Rapla_vallavalitsus, lk 39
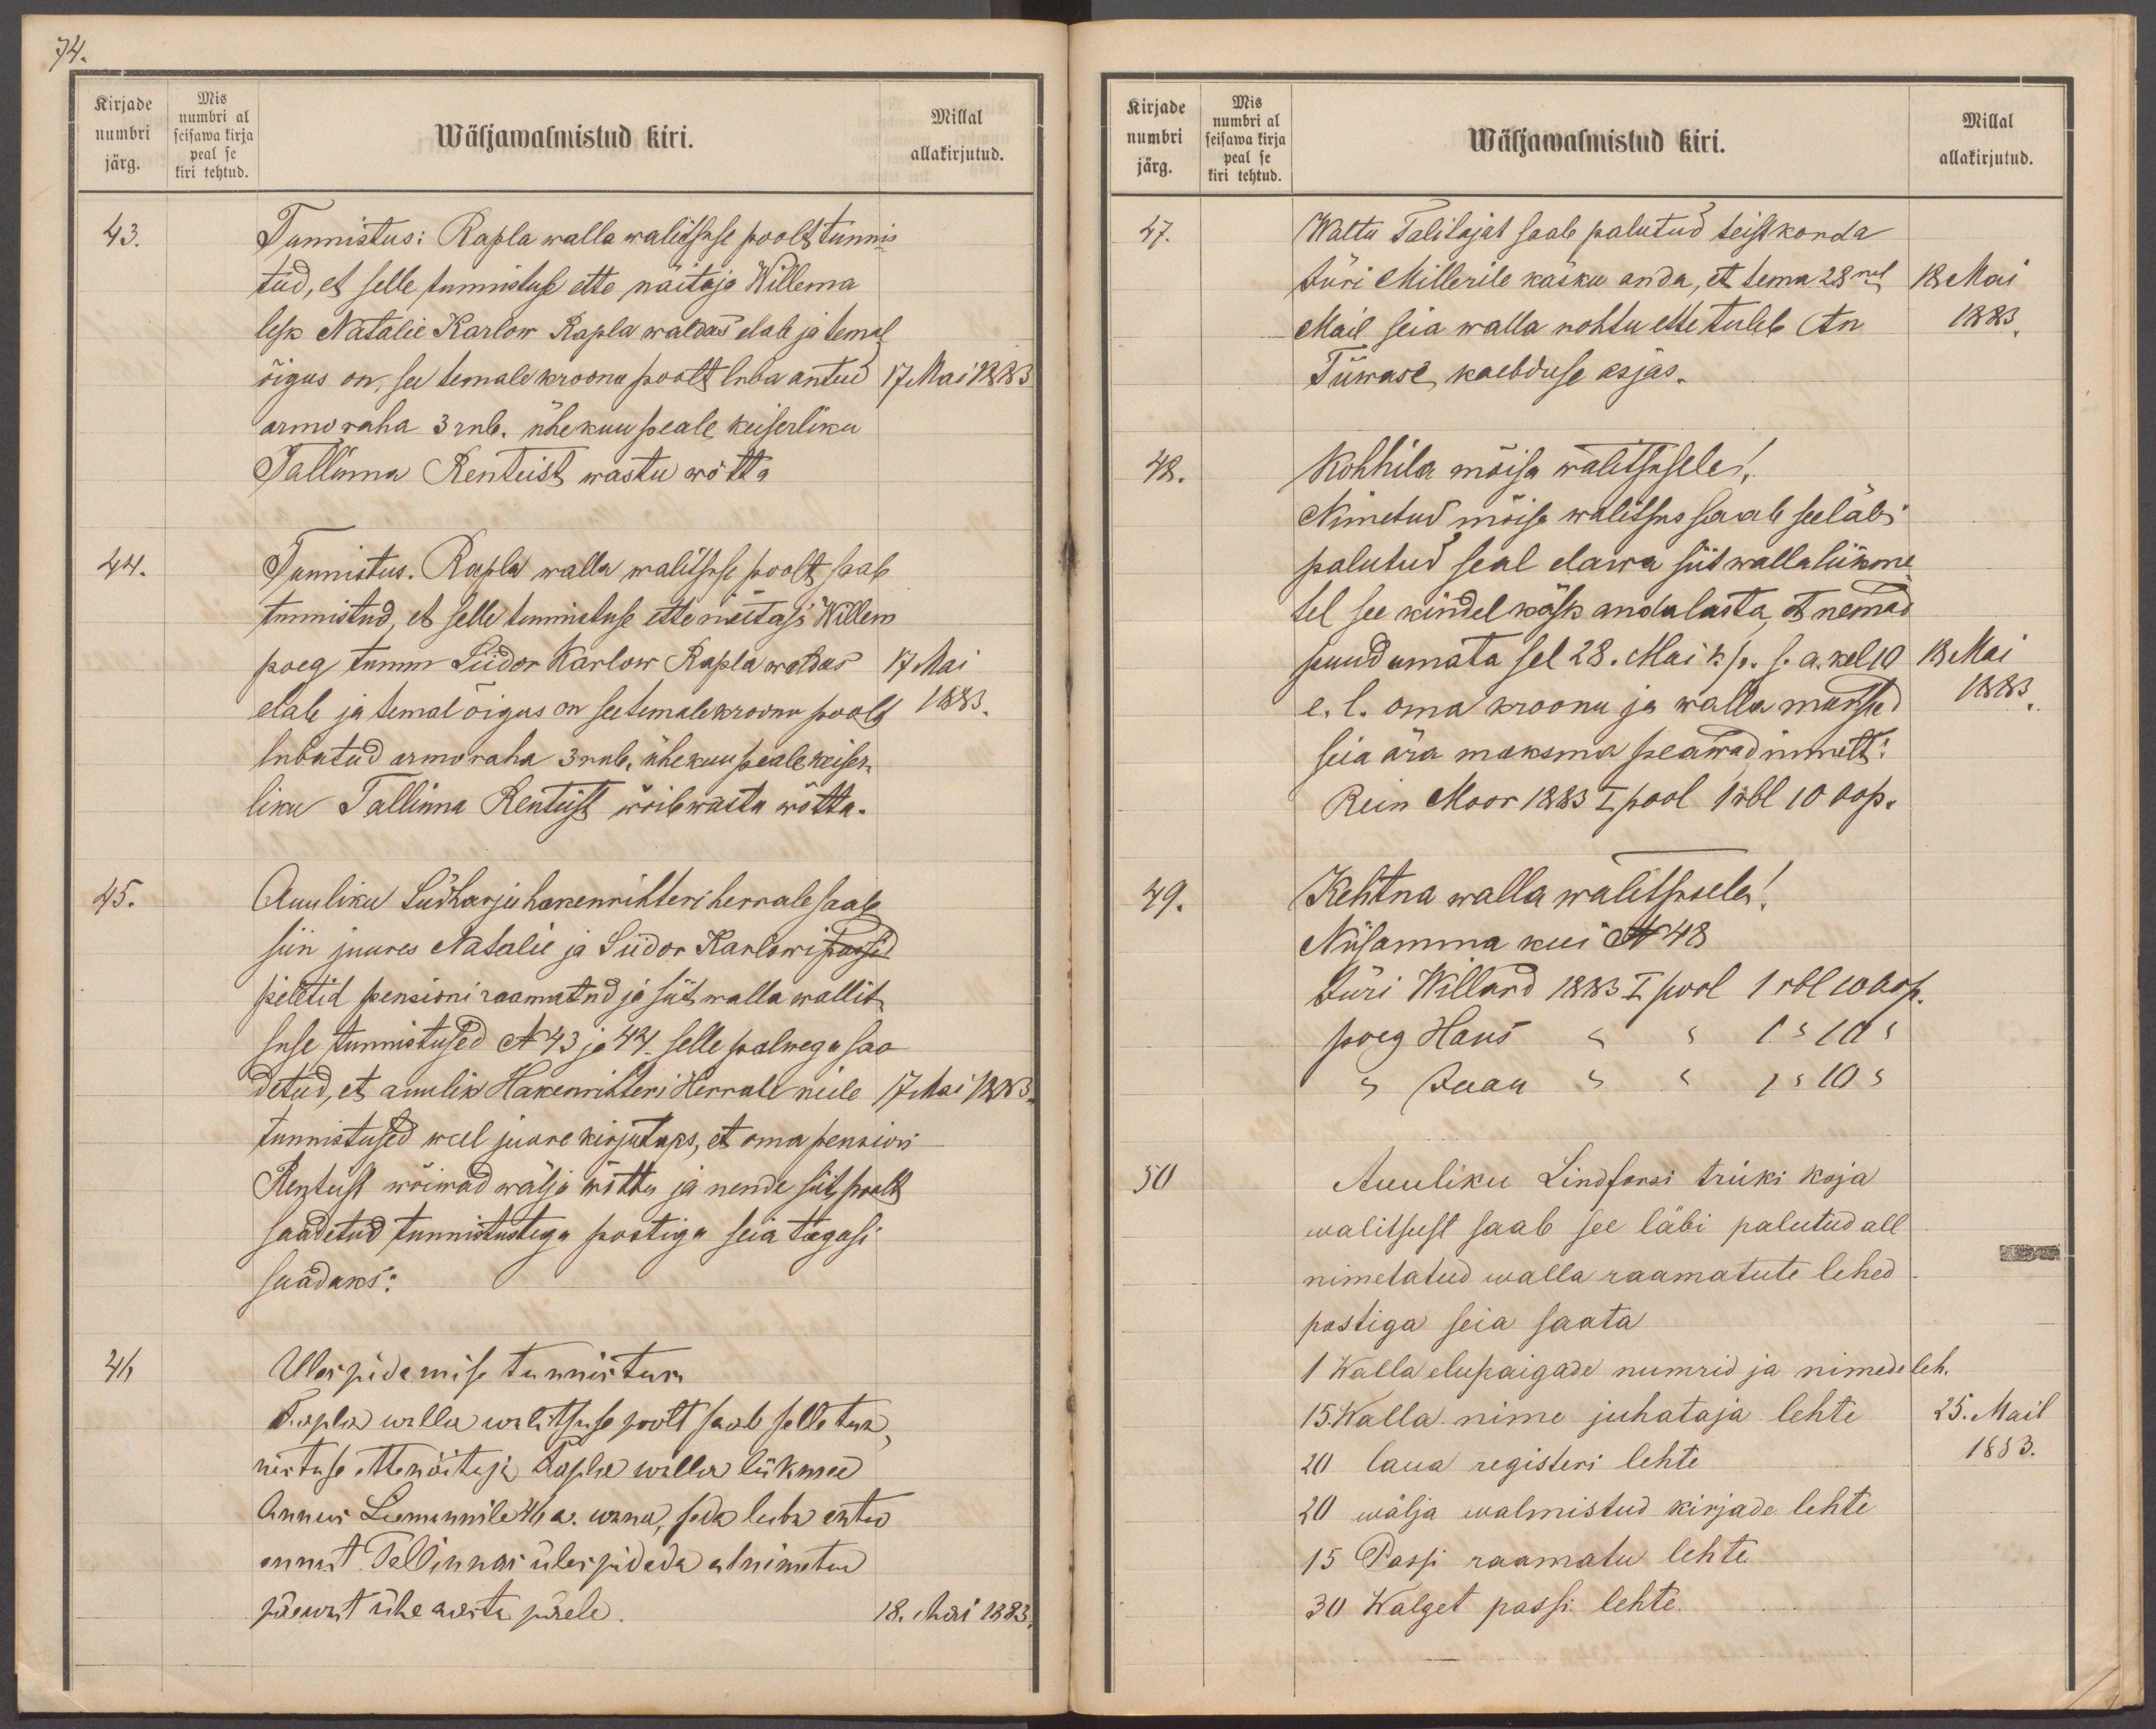
74.
Kirjade
Mis
numbri
uumbri al
seisawa kirja
Millal
järg.
peal se
kiri tehtud
allakirjutud.
Wäljawalmistud kiri.
43.
Tunnistus: Rapla walla walitsuse poolt tunnis
tud, et selle tunnistuse ette näitaja Willema
lesk Natalie Karlow Rapla waldas elab ja temal
õigus on, see temale kroonu poolt luba antud
17 Mai 1883
armoraha 3 rub. ühekuu peale keiserliku
Tallinna Renteist wastu wõtta
44.
Tunnistus. Rapla walla walitsuse poolt saab
tunnistud, et selle tunnistuse ettenäitass Willem
poeg tumm Siidor Karlow Rapla waldas
17 Mai
elab ja temal õigus on temale kroonu poolt
1883.
lubatud armo raha 3 rub, ühe kuu peale keiser-
liku Tallinna Renteist wõib wastu wõtta.
45.
Auuliku Südharju hakenrihteri herrale saab
siin juures Natalie ja Siidor Karlowi
piletid pensioni raamatud ja siit walla wallit-
suse tunnistused No 43 ja 44 selle palwega saa-
detud, et armulik Hakenrihteri Herrale neile
17 Mai 1883
tunnistused weel juure kirjutaks, et oma pensioni
Renteist wõiwad wälja wõtta ja nende siit poolt
saadetud tunnistustega postiga seia tagasi
saadaks:
46
Ules pidamise tunnistus
Rapla walla walitsuse poolt saab selle tun-
nistuse, ettenäitaja Rapla walla liikmed
Annus Liemannile 46 a. wana, seda luba antud
ennast Tallinnas üles pidada alnimetud
päewast ühe aasta järele.
18. Mai 1883.

Kirjade
Mis
numbri
numbri al
seisawa kirja
Wäljawalmistud kiri.
Millal
järg.
peal se
kiri tehtud.
allakirjutud.
47.
Waltu Talitajat saab palutud teistkorda
Jüri Millerile käsku anda, et tema 28nel
18 Mai
Mail seia walla kohtu ette tuleb An-
1883
Tiiwase kaebduse asjas.
48.
Kohhila mõisa walitsusele!
Nimetatud mõisa walitsus saab seeläbi
palutud seal elawa siit walla liikme
tel see kindel käsk anda lasta, et nemad
puudumata sel 28. Mai k. p. s.a. kel 10
18 Mai
e. l. oma kroonu ja walla maksud
1883
seia ära maksma peawad nimelt:
Rein Moor 1883 I pool 1 rbl 10 kop.
49.
Kehtna walla walitsusele!
Niisamma kui No 48
Jüri Willard 1883 I pool 1 rbl 10 kop.
poeg Hans "  "  1 " 10 "
"  Jaan "  "  1 " 10 "
50
Auuliku Lindforsi trüki koja
walitsust saab see läbi palutud all
nimetatud walla raamatute lehed
postiga seia saata
1 Walla elupaigade numrid ja nimede leh.
15 Walla nime juhataja lehte
25. Mail
20 laua registeri lehte
1883.
20 wälja walmistud kirjade lehte
15 Passi raamatu lehte
30 Walget passi lehte.